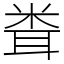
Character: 𥹢